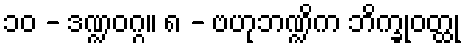
၁၀ - ဒဏ္ဍဝဂ္ဂ။ ၈ - ဗဟုဘဏ္ဍိက ဘိက္ခုဝတ္ထု